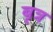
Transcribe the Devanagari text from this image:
बृत्र